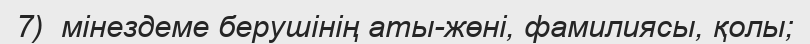
7)  мінездеме берушінің аты-жөні, фамилиясы, қолы;